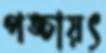
পঙ্চায়ৎ